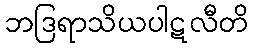
ဘဒြရာသိယပါဋလီတိ